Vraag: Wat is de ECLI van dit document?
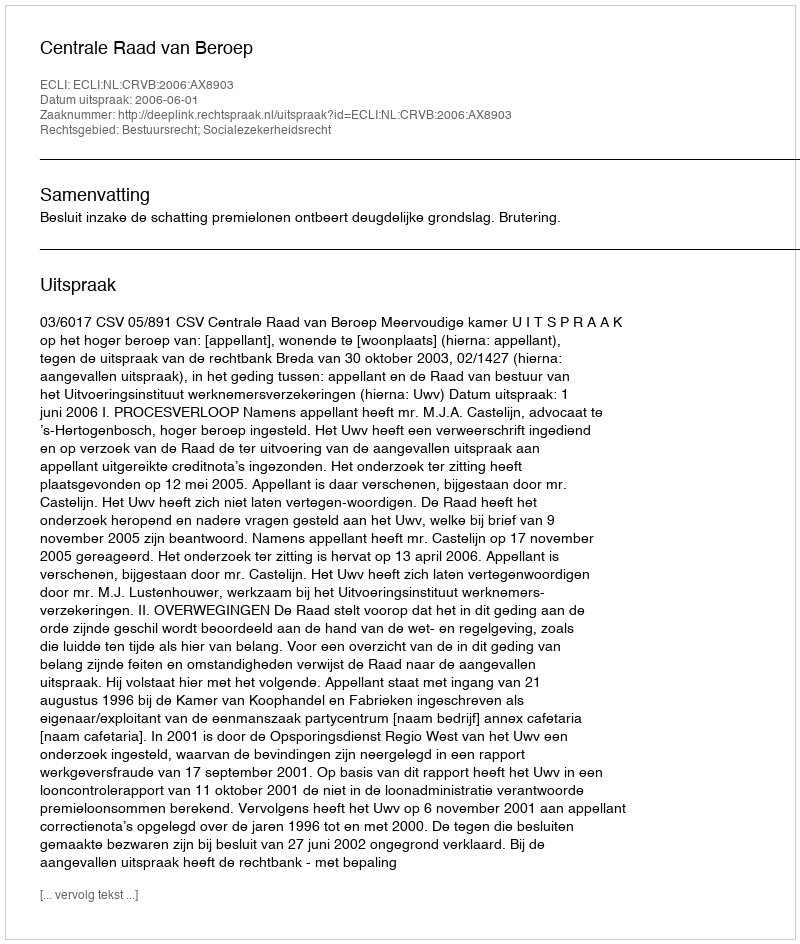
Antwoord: ECLI:NL:CRVB:2006:AX8903